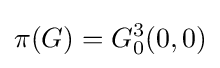
\pi (G)=G_{0}^{3}(0,0)